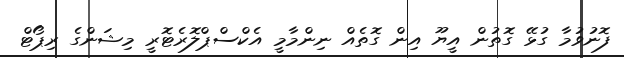
ފޮނުވުމާ ގުޅޭ ގޮތުން އީޔޫ އިން ގޮތެއް ނިންމާމީ އެކްސްޕްލޮރެޓޮރީ މިޝަންގެ ރިޕޯޓް